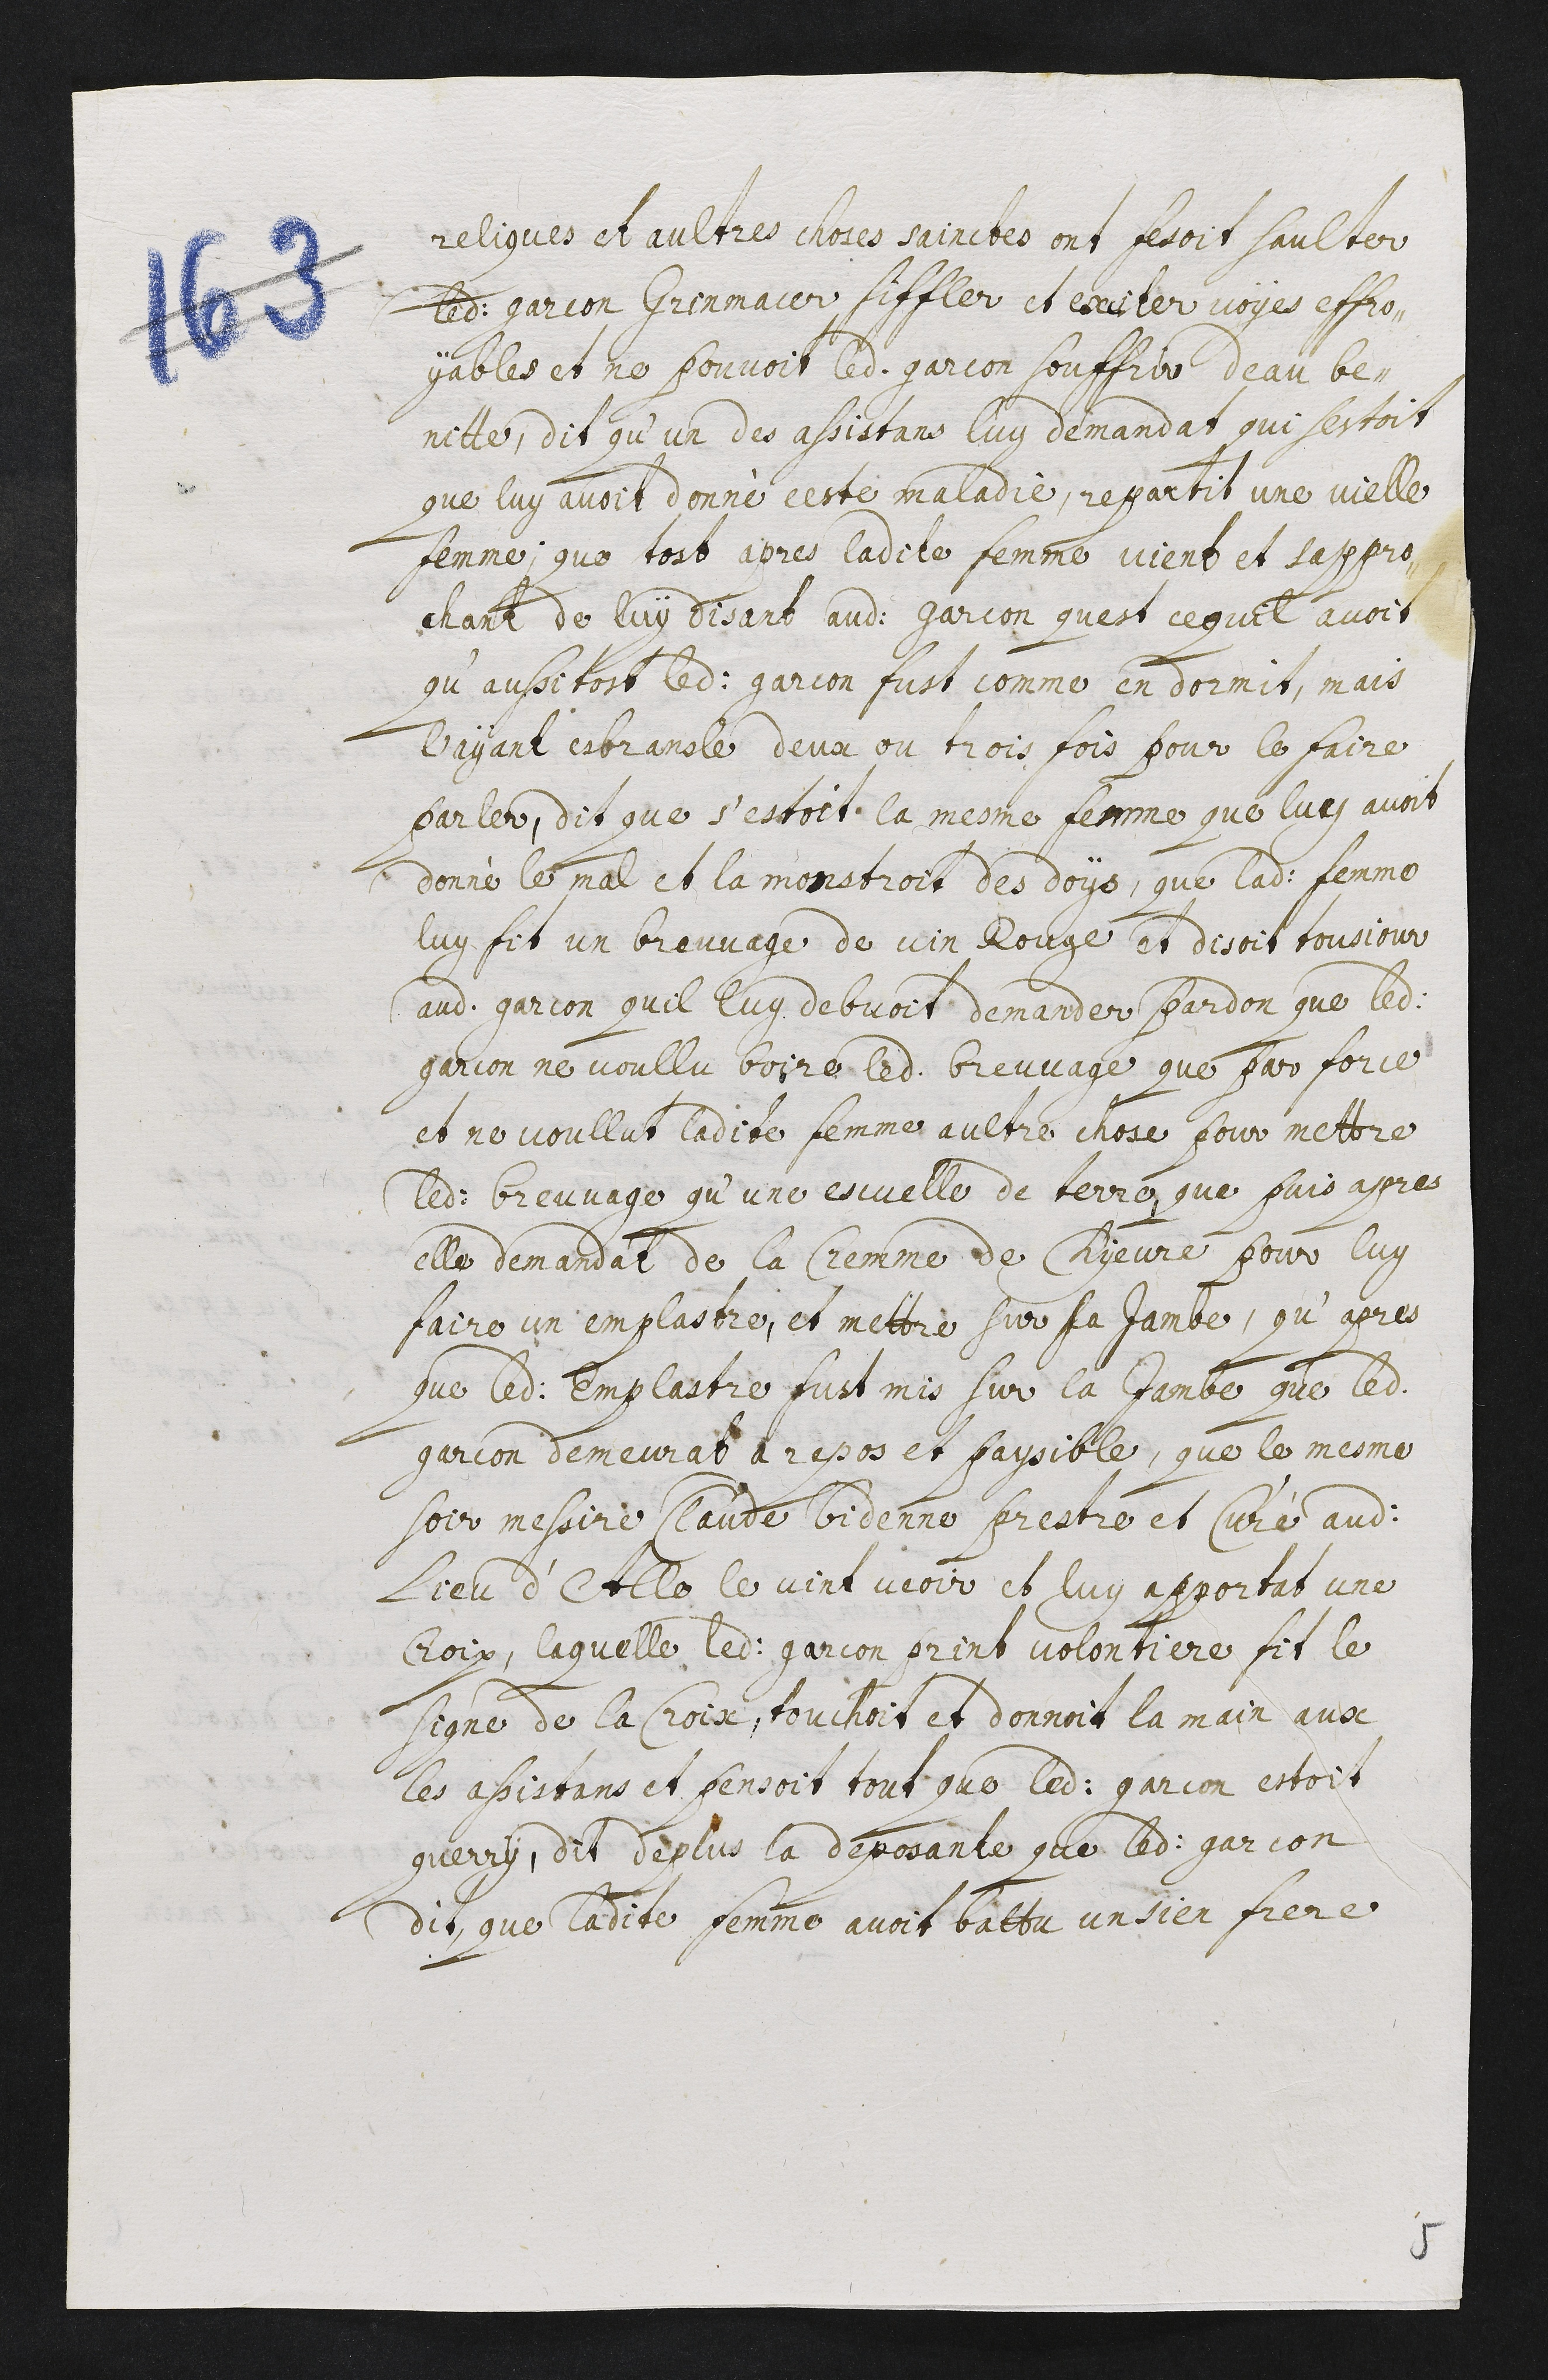
reliques et aultres choses sainctes ont fesoit saulter
ledit garcon grimmacer siffler et exciter voyes effro-
yables et ne pouvoit ledit garcon souffrir d’eau be-
nitte, dit qu’un des assistans luy demandat qui s’estoit
que luy avoit donné ceste maladie, repartit une vielle
femme ; que tost apres ladite femme vient et s’appro-
chant de luy disant audit garcon qu’est ce qu’il avoit
qu’aussitost ledit garcon fust comme endormit, mais
l’ayant esbranler deux ou trois fois pour le faire
parler, dit que s’estoit la mesme femme que luy avoit
donné le mal et la monstroit des doys, que ladite femme
luy fit un breuvage de vin rouge et disoit tousjour
audit garcon qu’il luy debvoit demander pardon que ledit
garcon ne voullu boire ledit breuvage que par force.
et ne voullut ladite femme aultre chose pour mettre
ledit breuvage qu’une escuelle de terre. Que puis apres
elle demandat de la cremme de chyevre pour luy
aire un emplastre, et mettre sur sa jambe, qu’apres
que ledit emplastre fust mis sur la jambe que ledit
garcon demeurat a repos et paysible, que le mesme
soir messire Claude Bidenne prestre et curé audit
lieu d’Alle le vint veoir et luy apportat une
croix, laquelle ledit garcon print volontiere fit le
signe de la croix, touchoit et donnoit la main aux
les assistans et pensoit tout que ledit garcon estoit
guerry. Dit de plus la deposante que ledit garcon
dit, que ladite femme avoit battu un sien frere